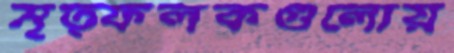
মৃত্ফলকগুলোয়